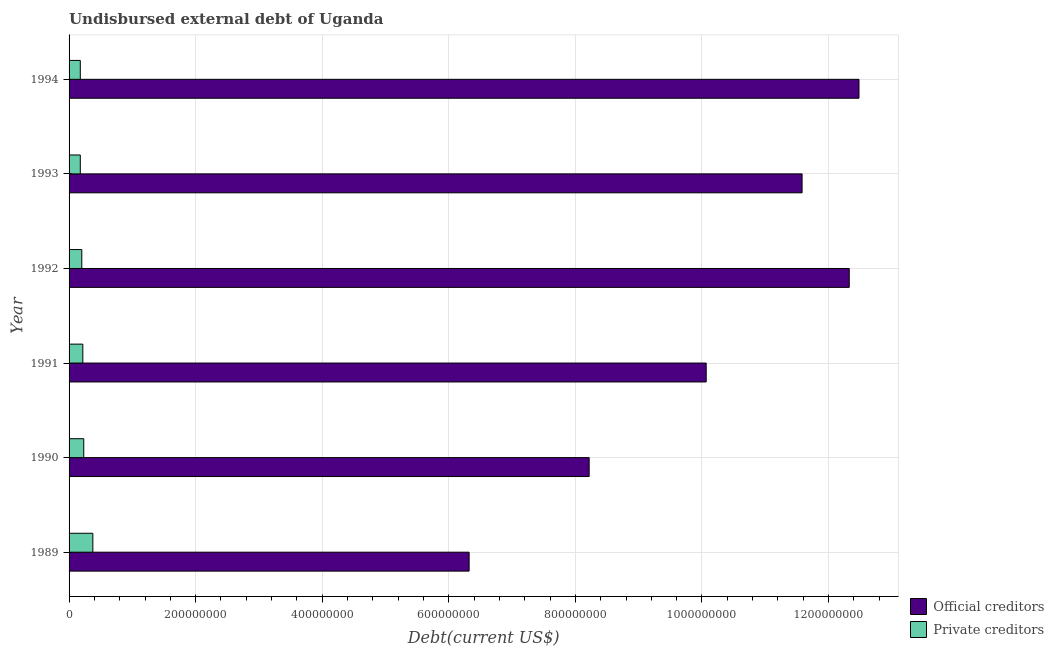
| Year | Official creditors | Private creditors |
 | --- | --- | --- |
 | 1989 | 6.32e+08 | 3.76e+07 |
 | 1990 | 8.22e+08 | 2.32e+07 |
 | 1991 | 1.01e+09 | 2.17e+07 |
 | 1992 | 1.23e+09 | 2.01e+07 |
 | 1993 | 1.16e+09 | 1.77e+07 |
 | 1994 | 1.25e+09 | 1.77e+07 |